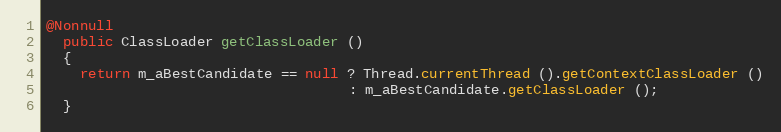
Language: Java
@Nonnull
  public ClassLoader getClassLoader ()
  {
    return m_aBestCandidate == null ? Thread.currentThread ().getContextClassLoader ()
                                    : m_aBestCandidate.getClassLoader ();
  }